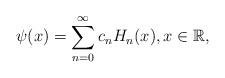
LaTeX: \begin{align*}\psi(x)=\sum_{n=0}^\infty c_nH_n(x),x\in\mathbb R,\end{align*}